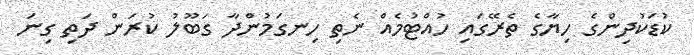
ކުޑަކުދިންގެ ހިޔާގެ ތެރޭގައި ހުއްޓުމެއް ނެތި ހިނގަމުންދާ ގަބޫލު ކުރަން ދަތި ގިނަ